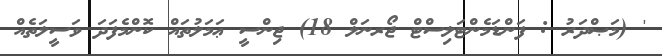
' (މަޞްދަރު : ފަންޑަމެންޓަލިސްޓް ޖޯރނަލް 18) ޖިންސީ ޢަމަލުތައް ކޮންމެފަދަ ވަސީލަތެއް